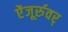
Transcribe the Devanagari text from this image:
ऐंजूर्रुवर्